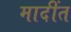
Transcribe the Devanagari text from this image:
मादींत